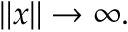
\| x \| \to \infty .